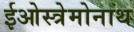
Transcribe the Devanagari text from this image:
ईओस्त्रेमोनाथ